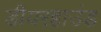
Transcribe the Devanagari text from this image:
डीयरहाउंड